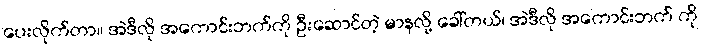
ပေးလိုက်တာ။ အဲဒီလို အကောင်းဘက်ကို ဦးဆောင်တဲ့ မာနလို့ ခေါ်တယ်၊ အဲဒီလို အကောင်းဘက် ကို